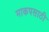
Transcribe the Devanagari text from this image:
माकपसाठी